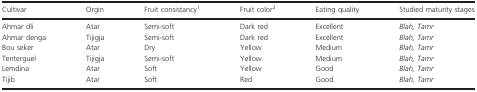
<table><thead><tr><td><b>Cultivar</b></td><td><b>Orgin</b></td><td><b>Fruit consistancy1</b></td><td><b>Fruit color2</b></td><td><b>Eating quality</b></td><td><b>Studied maturity stages</b></td></tr></thead><tbody><tr><td>Ahmar dli</td><td>Atar</td><td>Semi-soft</td><td>Dark red</td><td>Excellent</td><td><i>Blah, Tamr</i></td></tr><tr><td>Ahmar denga</td><td>Tijigja</td><td>Semi-soft</td><td>Dark red</td><td>Excellent</td><td><i>Blah, Tamr</i></td></tr><tr><td>Bou seker</td><td>Atar</td><td>Dry</td><td>Yellow</td><td>Medium</td><td><i>Blah, Tamr</i></td></tr><tr><td>Tenterguel</td><td>Tijigja</td><td>Semi-soft</td><td>Yellow</td><td>Medium</td><td><i>Blah, Tamr</i></td></tr><tr><td>Lemdina</td><td>Atar</td><td>Soft</td><td>Yellow</td><td>Good</td><td><i>Blah, Tamr</i></td></tr><tr><td>Tijib</td><td>Atar</td><td>Soft</td><td>Red</td><td>Good</td><td><i>Blah, Tamr</i></td></tr></tbody></table>